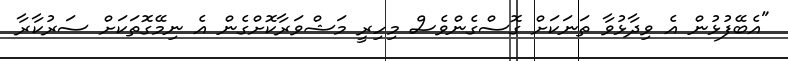
"އެބޭފުޅުން އެ ވިދާޅުވާ ތަނަކަށް ގޮސްގެންވެސް މިހިރީ މަޝްވަރާކޮށްގެން އެ ނިމޭގޮތަކަށް ސަރުކާރާ